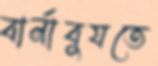
বার্নাবুযতে